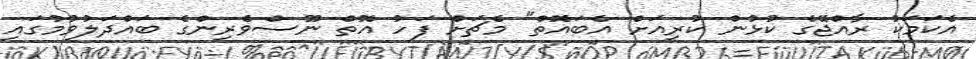
އެކަމަކު ރާއްޖޭގެ ކުޅުން ކުރިއަށް އެބައޮތް" މެޗަށް ފަހު އޮތް ނޫސްވެރިންގެ ބައްދަލުވުމުގައި